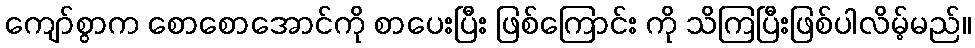
ကျော်စွာက စောစောအောင်ကို စာပေးပြီး ဖြစ်ကြောင်း ကို သိကြပြီးဖြစ်ပါလိမ့်မည်။